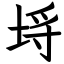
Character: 埓